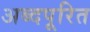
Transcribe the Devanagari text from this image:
अब्दपूरित